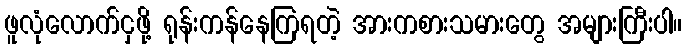
ဖူလုံလောက်ငှဖို့ ရုန်းကန်နေကြရတဲ့ အားကစားသမားတွေ အများကြီးပါ။